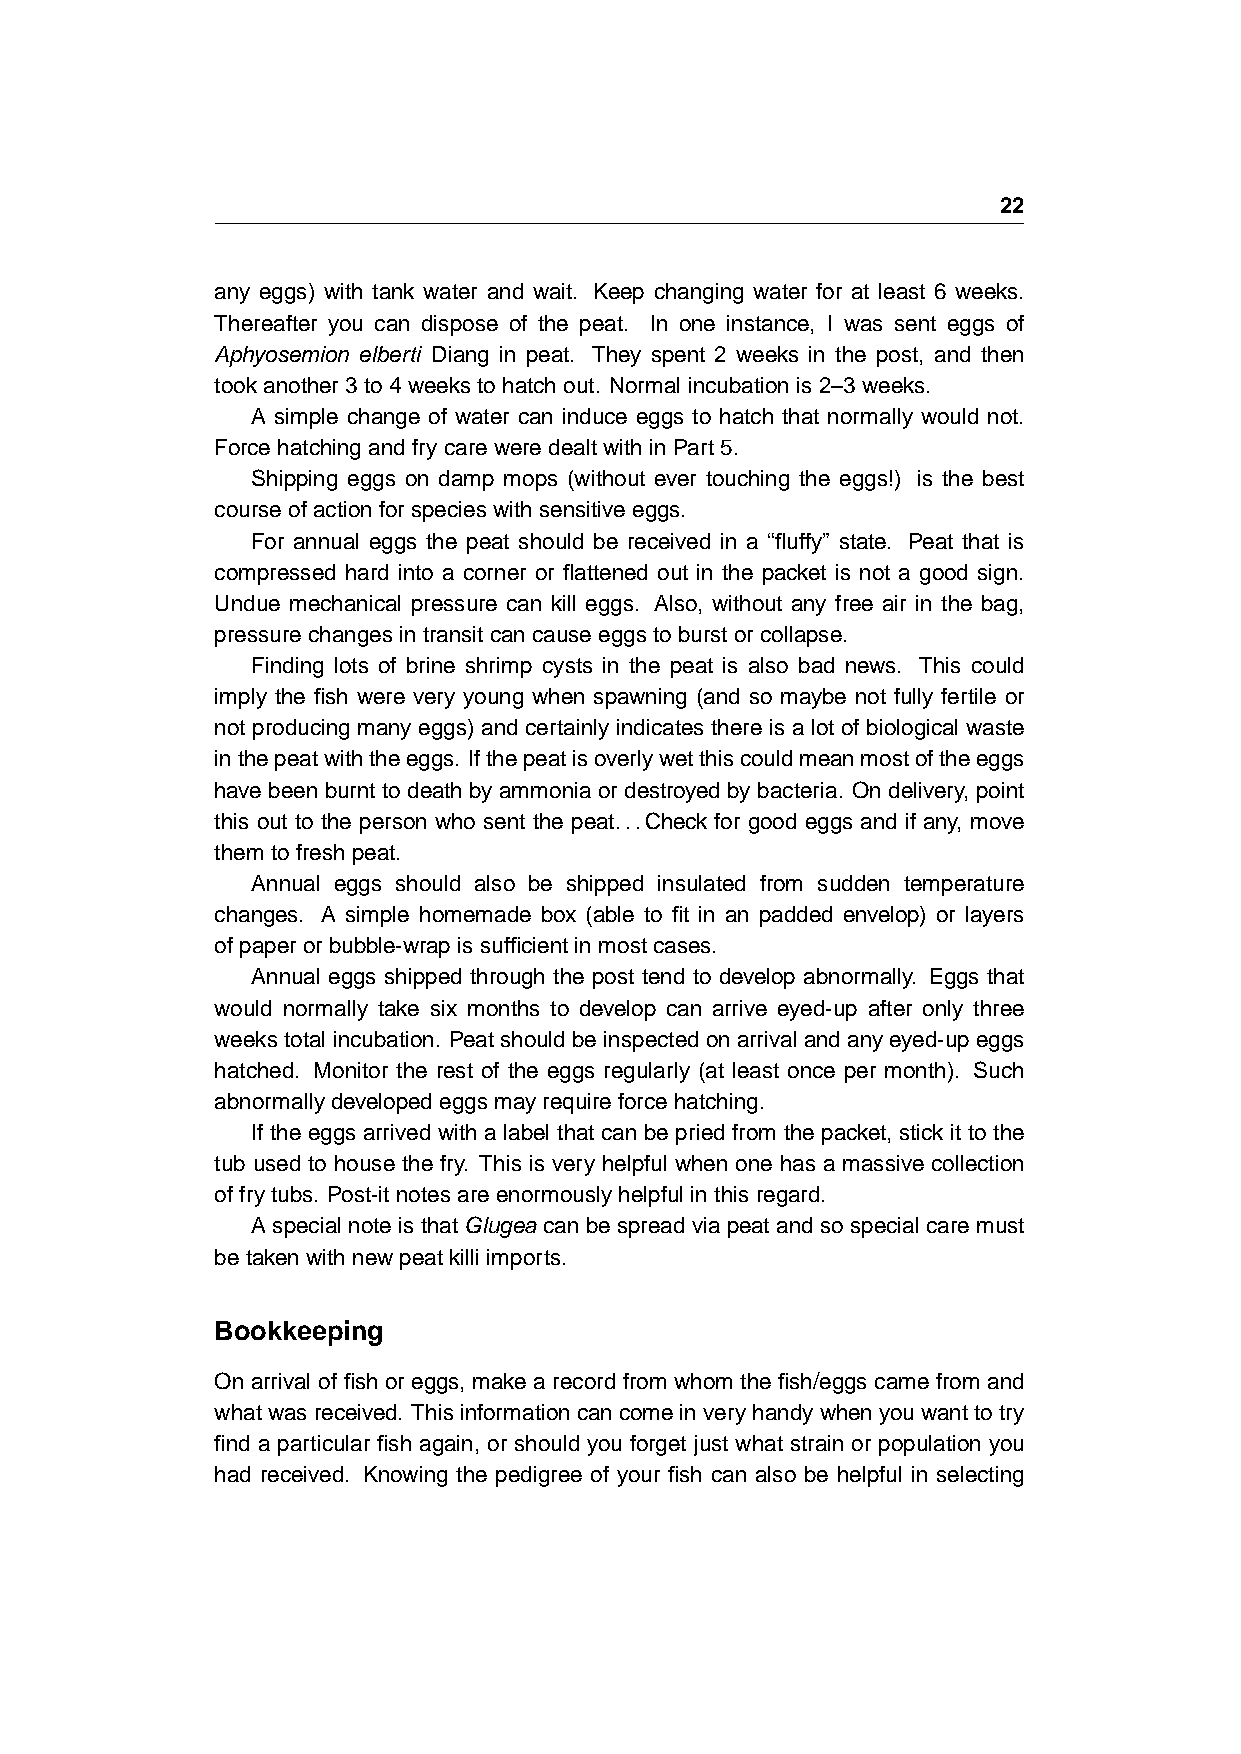
22
 any eggs) with tank water and wait. Keep changing water for at least 6 weeks.
 Thereafter you can dispose of the peat. In one instance, I was sent eggs of
 Aphyosemion elberti Diang in peat. They spent 2 weeks in the post, and then
 tookanother3to4weekstohatchout. Normalincubationis2–3weeks.
 A simple change of water can induce eggs to hatch that normally would not.
 ForcehatchingandfrycareweredealtwithinPart5.
 Shipping eggs on damp mops (without ever touching the eggs!) is the best
 courseofactionforspecieswithsensitiveeggs.
 For annual eggs the peat should be received in a “fluffy” state. Peat that is
 compressed hard into a corner or flattened out in the packet is not a good sign.
 Undue mechanical pressure can kill eggs. Also, without any free air in the bag,
 pressurechangesintransitcancauseeggstoburstorcollapse.
 Finding lots of brine shrimp cysts in the peat is also bad news. This could
 imply the fish were very young when spawning (and so maybe not fully fertile or
 not producing many eggs) and certainly indicates there is a lot of biological waste
 inthepeatwiththeeggs. Ifthepeatisoverlywetthiscouldmeanmostoftheeggs
 have been burnt to death by ammonia or destroyed by bacteria. On delivery, point
 this out to the person who sent the peat...Check for good eggs and if any, move
 themtofreshpeat.
 Annual eggs should also be shipped insulated from sudden temperature
 changes. A simple homemade box (able to fit in an padded envelop) or layers
 ofpaperorbubble-wrapissufficientinmostcases.
 Annual eggs shipped through the post tend to develop abnormally. Eggs that
 would normally take six months to develop can arrive eyed-up after only three
 weekstotalincubation. Peatshouldbeinspectedonarrivalandanyeyed-upeggs
 hatched. Monitor the rest of the eggs regularly (at least once per month). Such
 abnormallydevelopedeggsmayrequireforcehatching.
 If the eggs arrived with a label that can be pried from the packet, stick it to the
 tub used to house the fry. This is very helpful when one has a massive collection
 offrytubs. Post-itnotesareenormouslyhelpfulinthisregard.
 A special note is that Glugea can be spread via peat and so special care must
 betakenwithnewpeatkilliimports.
 Bookkeeping
 On arrival of fish or eggs, make a record from whom the fish/eggs came from and
 whatwasreceived. Thisinformationcancomeinveryhandywhenyouwanttotry
 find a particular fish again, or should you forget just what strain or population you
 had received. Knowing the pedigree of your fish can also be helpful in selecting